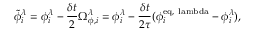
\Tilde { \phi } _ { i } ^ { \lambda } = { \phi } _ { i } ^ { \lambda } - \frac { \delta t } { 2 } \Omega _ { \phi , i } ^ { \lambda } = { \phi } _ { i } ^ { \lambda } - \frac { \delta t } { 2 \tau } ( \phi _ { i } ^ { \mathrm { e q , \ l a m b d a } } - \phi _ { i } ^ { \lambda } ) ,